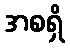
အစရှိ